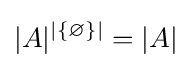
|A|^{|\{\varnothing \}|}=|A|